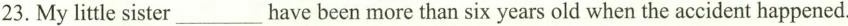
23. Mylittle sister___have-been more than six-vearsold when the accident happened.